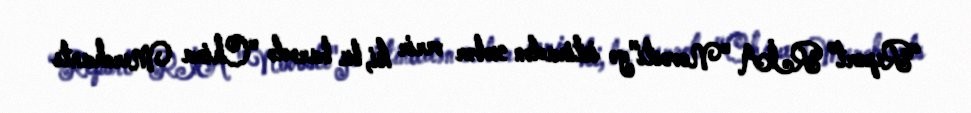
“Report” RİA "Novosti"yə istinadən xəbər verir ki, bu barədə "China Merchants